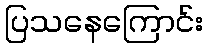
ပြသနေကြောင်း